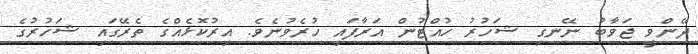
ދޭންވީ ޖަވާބު ނޭނގި ޝަހުރު ހުއްޓުން އަރާފައި ހުރެވުނެވެ. އިރުކޮޅެއްގެ ތެރޭގައި ޝަހުރުގެ